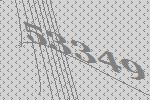
53349